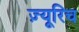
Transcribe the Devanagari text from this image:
ज़्यूरिच